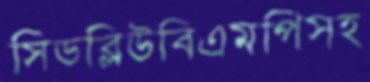
সিডব্লিউবিএমপিসহ